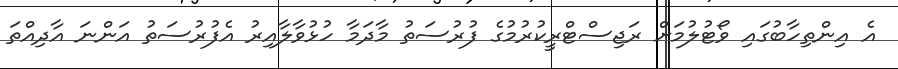
އެ އިންތިހާބުގައި ވޯޓުލުމަށް ރަޖިސްޓްރީކުރުމުގެ ފުރުސަތު މާދަމާ ހުޅުވާލާއިރު އެފުރުސަތު އަންނަ އާދިއްތަ